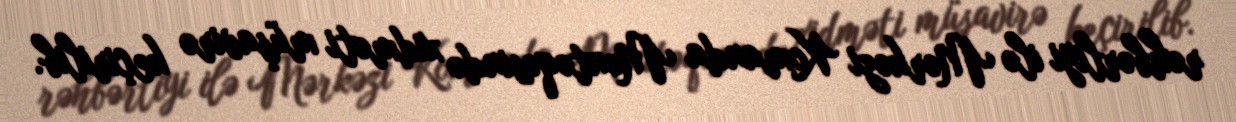
rəhbərliyi ilə Mərkəzi Komanda Məntəqəsində xidməti müşavirə keçirilib.